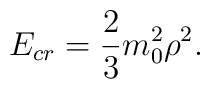
E_{cr} = {2\over 3} m_0^2\rho^2.